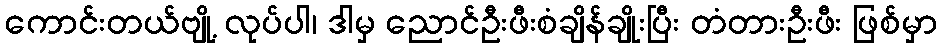
ကောင်းတယ်ဗျို့ လုပ်ပါ၊ ဒါမှ ညောင်ဦးဖီးစံချိန်ချိုးပြီး တံတားဦးဖီး ဖြစ်မှာ